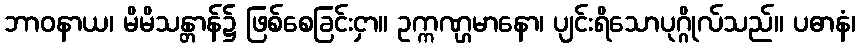
ဘာဝနာယ၊ မိမိသန္တာန်၌ ဖြစ်စေခြင်းငှာ။ ဥက္ကဏ္ဌမာနော၊ ပျင်းရိသောပုဂ္ဂိုလ်သည်။ ပဓာနံ၊